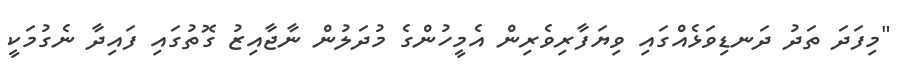
"މިފަދަ ތަދު ދަނޑިވަޅެއްގައި ވިޔަފާރިވެރިން އެމީހުންގެ މުދަލުން ނާޖާއިޒު ގޮތުގައި ފައިދާ ނެގުމަކީ